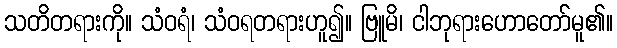
သတိတရားကို။ သံဝရံ၊ သံဝရတရားဟူ၍။ ဗြူမိ၊ ငါဘုရားဟောတော်မူ၏။